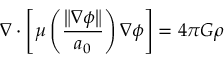
\nabla \cdot \left[ \mu \left( { \frac { \left\| \nabla \phi \right\| } { a _ { 0 } } } \right) \nabla \phi \right] = 4 \pi G \rho